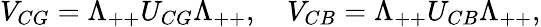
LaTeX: V_{CG}=\Lambda_{++}U_{CG}\Lambda_{++},\quad V_{CB}=\Lambda_{++}U_{CB}\Lambda_{++},